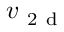
v _ { \mathrm { ~ 2 ~ d ~ } }